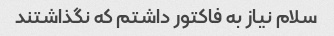
سلام نیاز به فاکتور داشتم که نگذاشتند